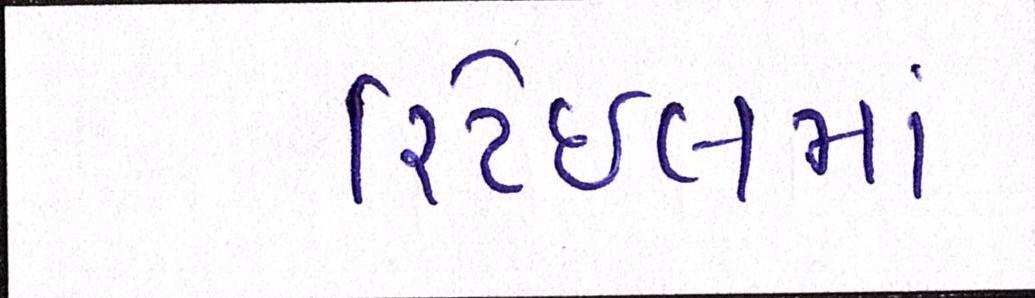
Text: રિટેઈલમાં